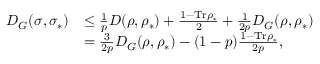
\begin{array} { r l } { D _ { G } ( \sigma , \sigma _ { \ast } ) } & { \leq \frac { 1 } { p } D ( \rho , \rho _ { \ast } ) + \frac { 1 - \mathrm { T r } \rho _ { \ast } } { 2 } + \frac { 1 } { 2 p } D _ { G } ( \rho , \rho _ { \ast } ) } \\ & { = \frac { 3 } { 2 p } D _ { G } ( \rho , \rho _ { \ast } ) - ( 1 - p ) \frac { 1 - \mathrm { T r } \rho _ { \ast } } { 2 p } , } \end{array}